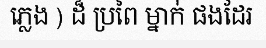
ភ្លេង ) ដ៏ ប្រពៃ ម្នាក់ ផងដែរ